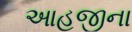
આહજીના